Annual report on the Civil Veterinary Department, Burma (including the Insein Veterinary School) - 1932-1941
Year: 1932
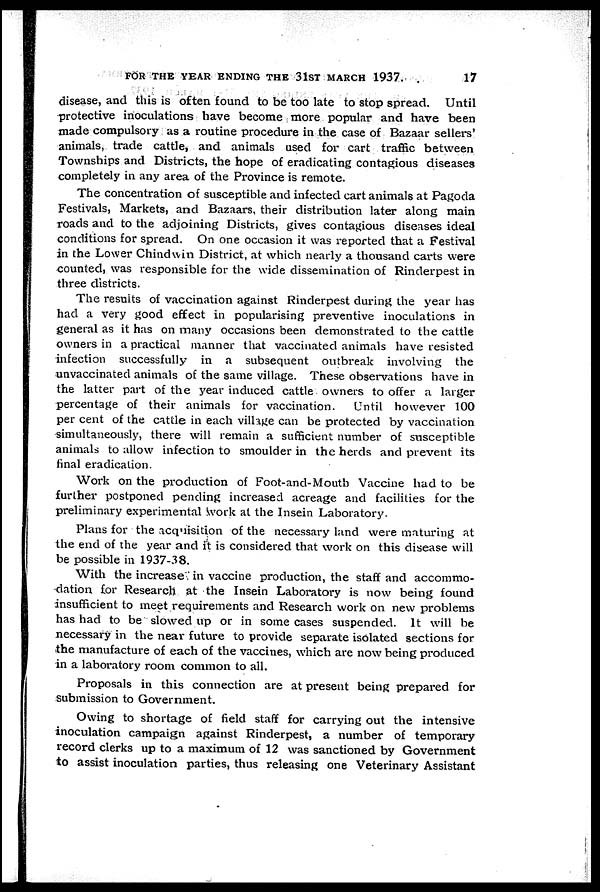
FOR THE YEAR ENDING THE 31ST MARCH 1937.
17
disease, and this is often found to be too late to stop spread. Until
protective inoculations have become more popular and have been
made compulsory as a routine procedure in the case of Bazaar sellers'
animals, trade cattle, and animals used for cart traffic between
Townships and Districts, the hope of eradicating contagious diseases
completely in any area of the Province is remote.
The concentration of susceptible and infected cart animals at Pagoda
Festivals, Markets, and Bazaars, their distribution later along main
roads and to the adjoining Districts, gives contagious diseases ideal
conditions for spread. On one occasion it was reported that a Festival
in the Lower Chindwin District, at which nearly a thousand carts were
counted, was responsible for the wide dissemination of Rinderpest in
three districts.
The results of vaccination against Rinderpest during the year has
had a very good effect in popularising preventive inoculations in
general as it has on many occasions been demonstrated to the cattle
owners in a practical manner that vaccinated animals have resisted
infection successfully in a subsequent outbreak involving the
unvaccinated animals of the same village. These observations have in
the latter part of the year induced cattle owners to offer a larger
percentage of their animals for vaccination.
Until however 100
per cent of the cattle in each village can be protected by vaccination
simultaneously, there will remain a sufficient number of susceptible
animals to allow infection to smoulder in the herds and prevent its
final eradication.
Work on the production of Foot-and-Mouth Vaccine had to be
further postponed pending increased acreage and facilities for the
preliminary experimental work at the Insein Laboratory.
Plans for the acquisition of the necessary land were maturing at
the end of the year and it is considered that work on this disease will
be possible in 1937-38.
With the increase in vaccine production, the staff and accommo-
dation for Research at the Insein Laboratory is now being found
insufficient to meet requirements and Research work on new problems
has had to be slowed up or in some cases suspended. It will be
necessary in the near future to provide separate isolated sections for
the manufacture of each of the vaccines, which are now being produced
in a laboratory room common to all.
Proposals in this connection are at present being prepared for
submission to Government.
Owing to shortage of field staff for carrying out the intensive
inoculation campaign against Rinderpest, a number of temporary
record clerks up to a maximum of 12 was sanctioned by Government
to assist inoculation parties, thus releasing one Veterinary Assistant